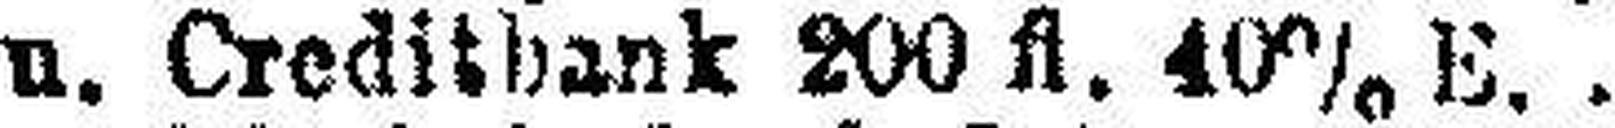
„ u. Creditbank 200 fl. 40% E.